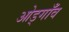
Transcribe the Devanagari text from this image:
ओड्गाँव